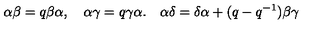
\alpha \beta = q \beta \alpha , \quad \alpha \gamma = q \gamma \alpha . \quad \alpha \delta = \delta \alpha + ( q - q ^ { - 1 } ) \beta \gamma